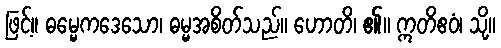
ဖြင့်။ ဓမ္မေကဒေသော၊ ဓမ္မအစိတ်သည်။ ဟောတိ၊ ၏။ ဣတိဧဝံ၊ သို့။